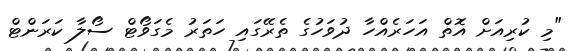
"މި ކުރިއަށް އޮތް އަހަރެއްހާ ދުވަހުގެ ތެރޭގައި ހަތަރު މެގަވޯޓް ސޯލާ ކަރަންޓް